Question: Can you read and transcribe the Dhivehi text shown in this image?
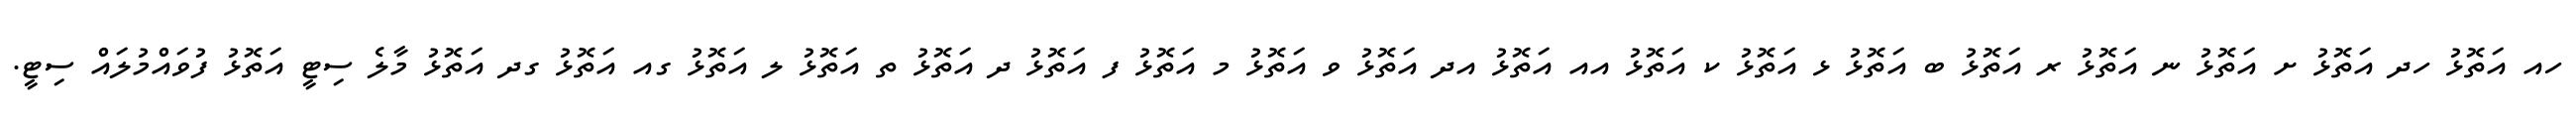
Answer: ހއ އަތޮޅު ހދ އަތޮޅު ށ އަތޮޅު ނ އަތޮޅު ރ އަތޮޅު ބ އަތޮޅު ޅ އަތޮޅު ކ އަތޮޅު އއ އަތޮޅު އދ އަތޮޅު ވ އަތޮޅު މ އަތޮޅު ފ އަތޮޅު ދ އަތޮޅު ތ އަތޮޅު ލ އަތޮޅު ގއ އަތޮޅު ގދ އަތޮޅު މާލެ ސިޓީ އަތޮޅު ފުވައްމުލައް ސިޓީ.